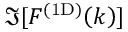
\Im [ \mathinner { F ^ { \mathrm { ( 1 D ) } } \mathopen { \left( k \right) } } ]